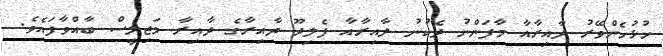
ހުޅުހެންވޭރު ދާއިރާއާ މާފަންނު ދެކުނު ދާއިރާއާ ފެލިދޫ ދާއިރާގެ ދާއިރާ މަޖިލީސް ބާއްވާފައެވެ.